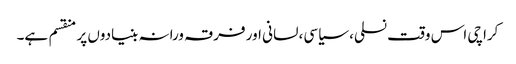
کراچی اس وقت نسلی، سیاسی، لسانی اور فرقہ ورانہ بنیادوں پر منقسم ہے۔